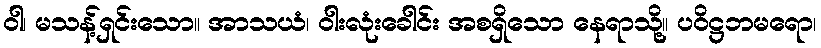
ဝါ၊ မသန့်ရှင်းသော။ အာသယံ၊ ဝါးလုံးခေါင်း အစရှိသော နေရာသို့။ ပဝိဋ္ဌဘမရော၊